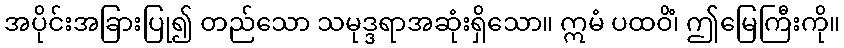
အပိုင်းအခြားပြု၍ တည်သော သမုဒ္ဒရာအဆုံးရှိသော။ ဣမံ ပထဝိံ၊ ဤမြေကြီးကို။